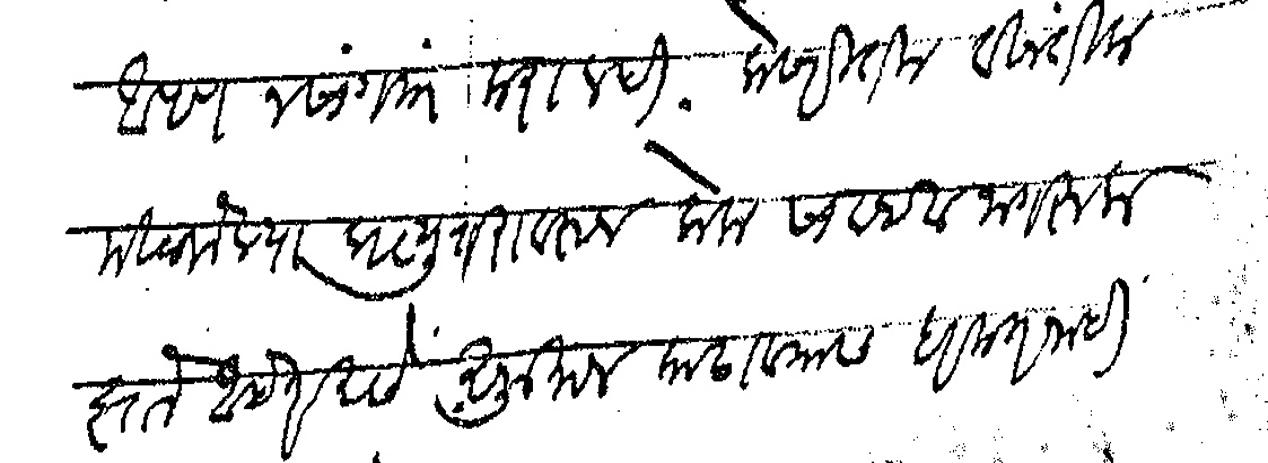
Transliteration (Devanagari): आपण न सांगता करालही केसरीतील विनंतीला मिळालेल्या प्रत्युत्तरावरून लोक सावध व जागरूक झाले आहेत असे अनुमान काढावयास हरकत नाही